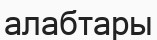
алабтары